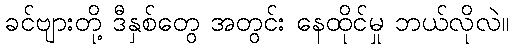
ခင်ဗျားတို့ ဒီနှစ်တွေ အတွင်း နေထိုင်မှု ဘယ်လိုလဲ။